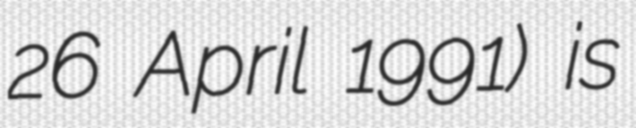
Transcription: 26 April 1991) is